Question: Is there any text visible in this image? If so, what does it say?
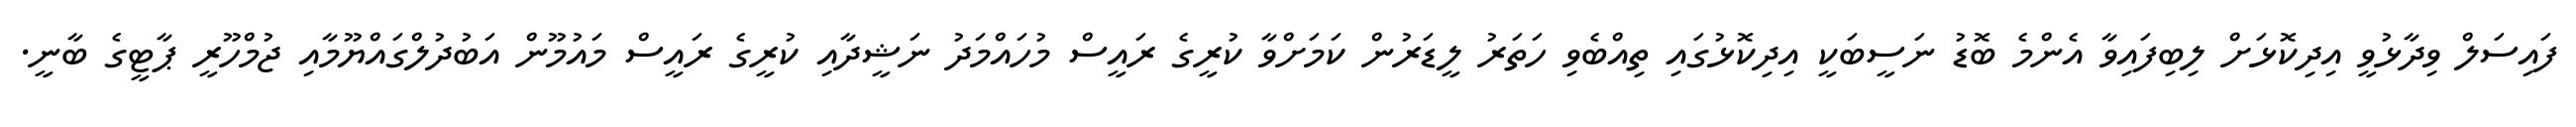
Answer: ފައިސަލް ވިދާޅުވީ އިދިކޮޅަށް ލިބިފައިވާ އެންމެ ބޮޑު ނަސީބަކީ އިދިކޮޅުގައި ތިއްބެވި ހަތަރު ލީޑަރުން ކަމަށްވާ ކުރީގެ ރައީސް މުހައްމަދު ނަޝީދާއި ކުރީގެ ރައީސް މައުމޫން އަބުދުލްގައްޔޫމާއި ޖުމްހޫރީ ޕާޓީގެ ބާނީ.